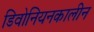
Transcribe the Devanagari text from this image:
डिवोनियनकालीन